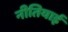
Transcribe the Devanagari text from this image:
नीतियाई